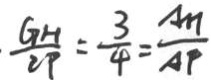
\frac { G H } { C P } = \frac { 3 } { 4 } = \frac { A M } { A P }